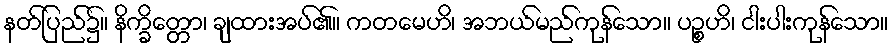
နတ်ပြည်၌။ နိက္ခိတ္တော၊ ချထားအပ်၏။ ကတမေဟိ၊ အဘယ်မည်ကုန်သော။ ပဉ္စဟိ၊ ငါးပါးကုန်သော။